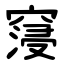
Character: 䆮